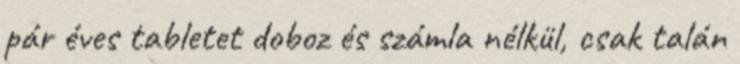
pár éves tabletet doboz és számla nélkül, csak talán